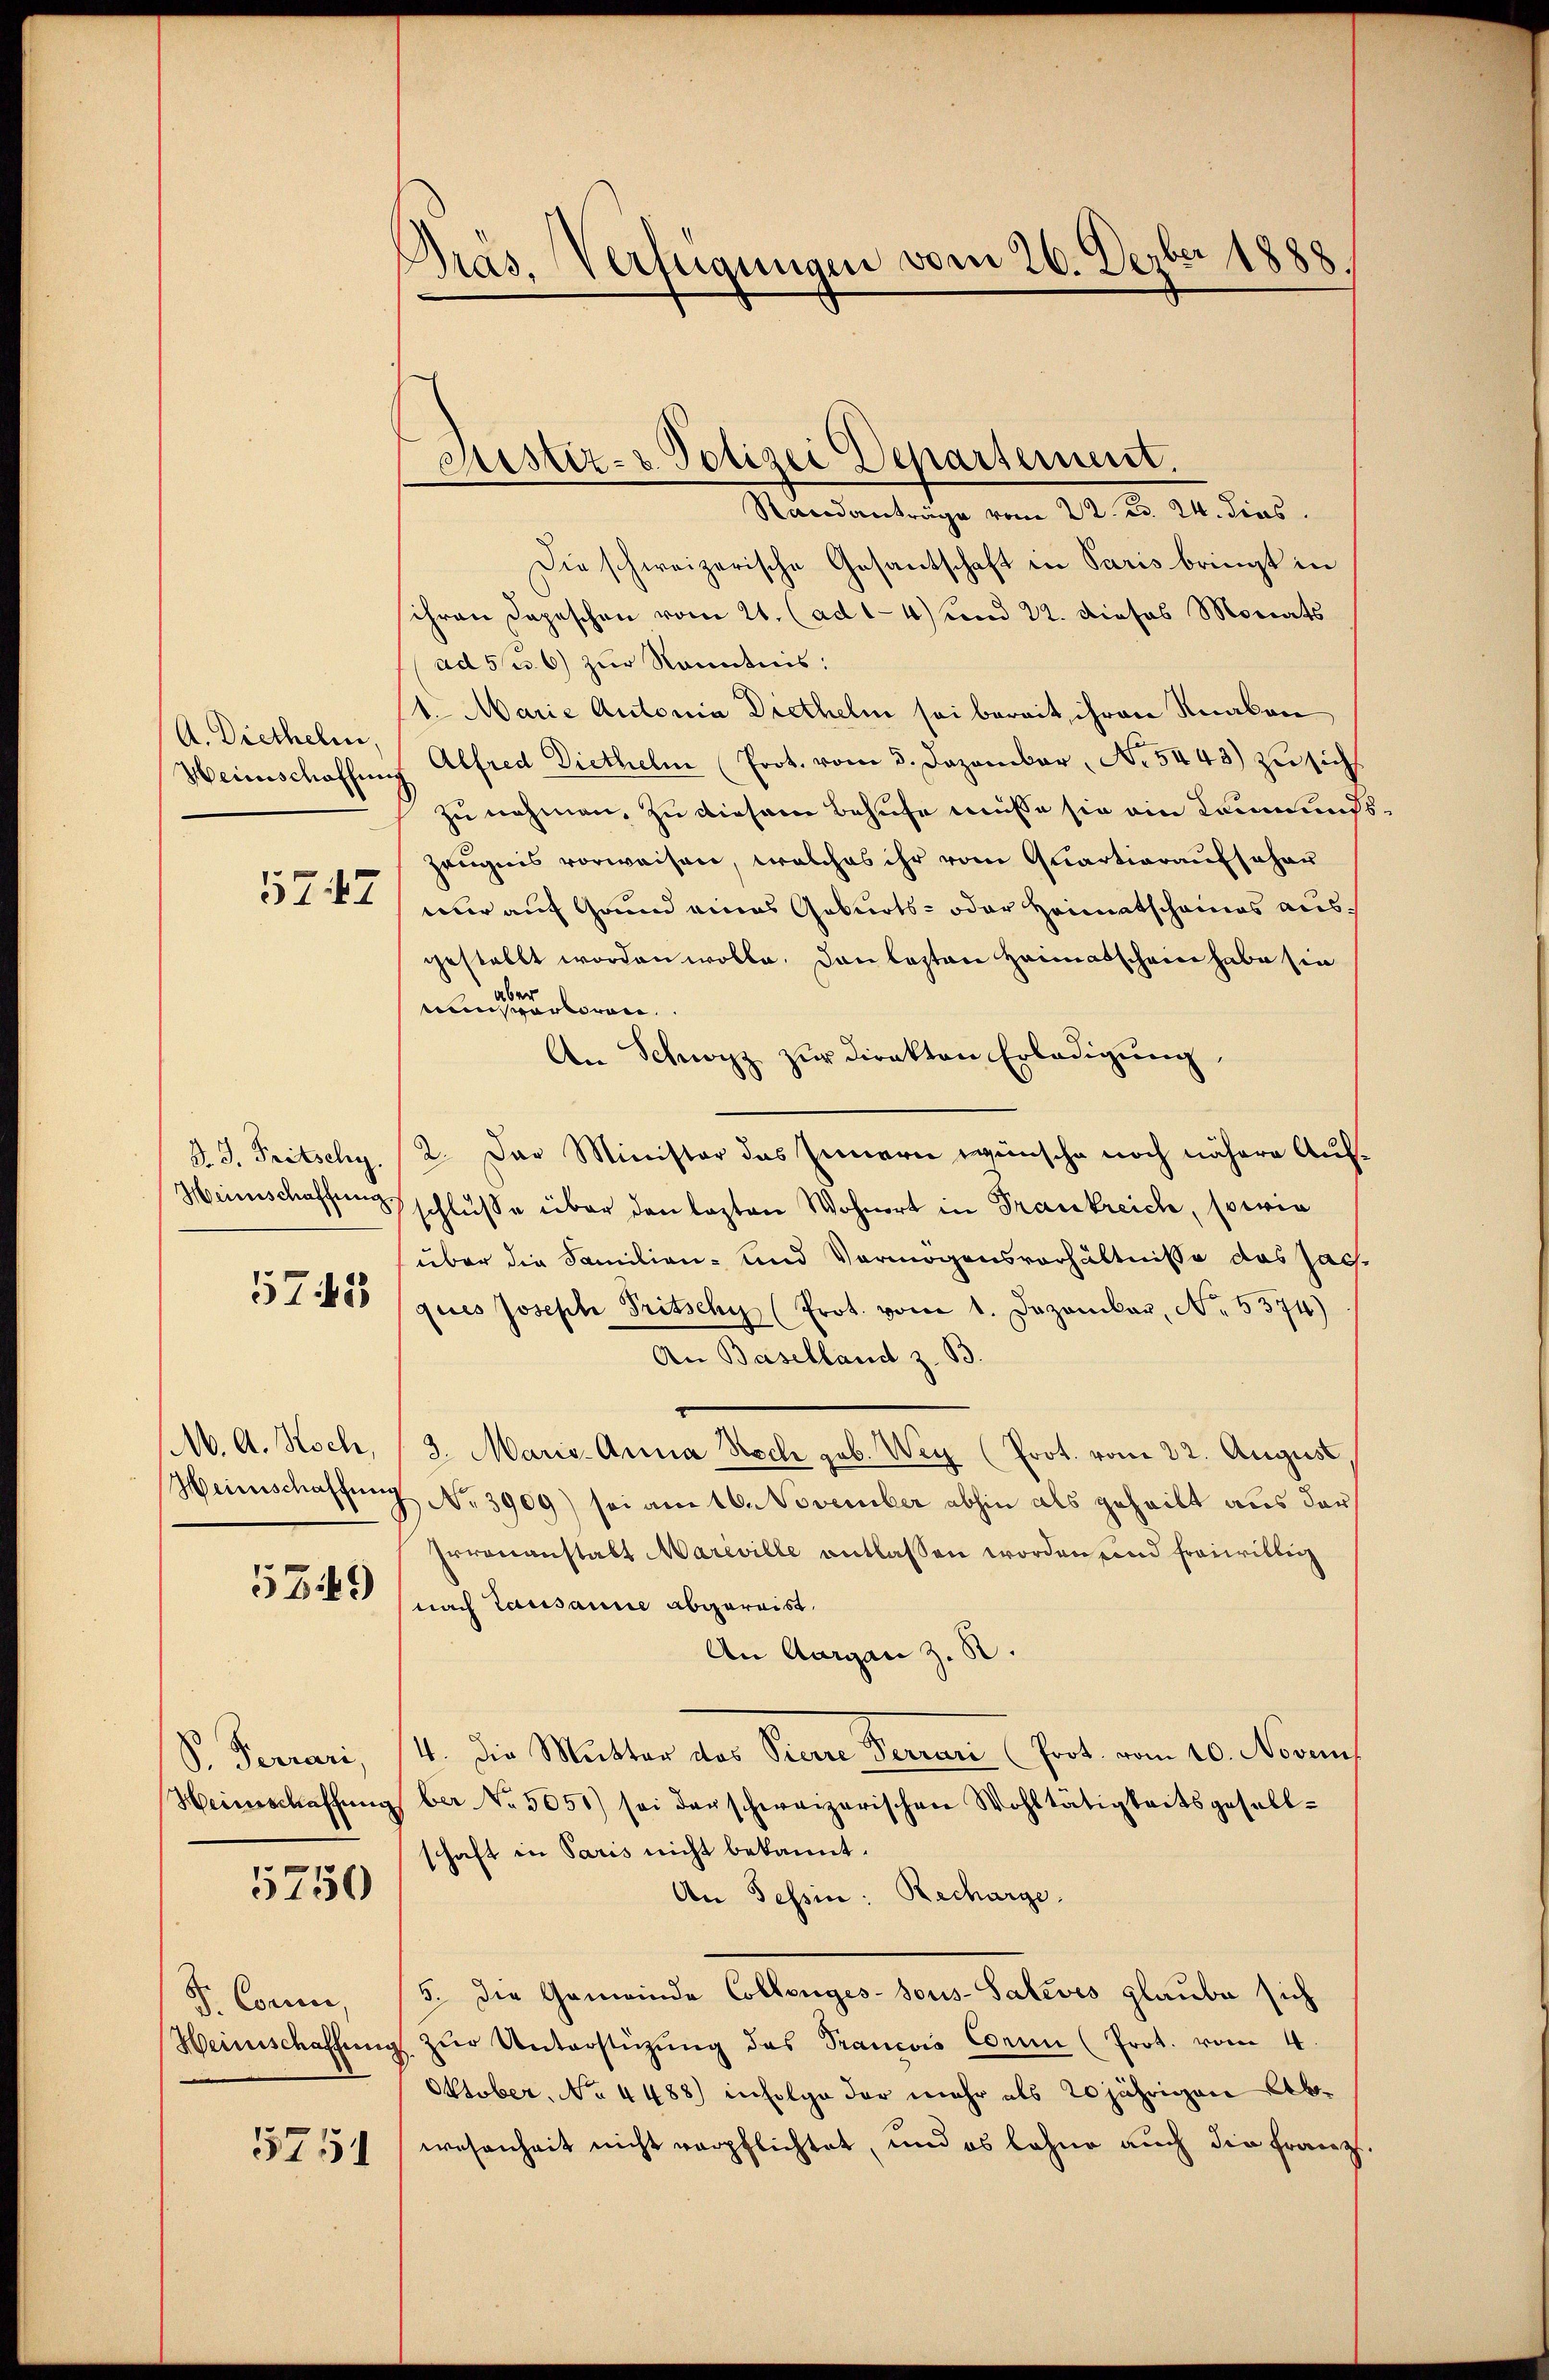
A. Diethelm,

5747

5750

5349

Randanträge vom 22. d. 24. dies
Die schweizerische Gesantschaft in Paris bringt in
ihren Depeschen vom 21. (ad 1-4) und 22. dieses Monats
ad 5 u. 6) zur Kenntnis:
1. Marie Autonia Diethelm sei bereit, ihren Knaben
Heimschaffŭng Alfred Diethelm (Prot. vom 3. Dezember, No. 5443) zu sicht
zu nehmen, zu diesem Behufe müsse sie ein Kommungs¬
Zeugnis vorweisen, welches ihr vom Quartieraufseher
nur auf Grund eines Geburts- oder Heimatscheines ausgestellt worden wolle. Dann lezten Heimatschein habe sie
mungen eine ren
An Schwyz zur Direkten Erledigung,
8 J. Fritschy.  2. Der Minister das Innern wünsche noch nähere Auf¬
Heinschaffens schluße über den lezten Wohnort in Frankreich, sowie
über die Familien- und Vermögensverhältnisse das Jach.
37455 (ques Joseph Tritschy (Prot. vom 1. Dezember, No. 5574)
An Baselland z. B.
M. A. Koch, 3. Marie-Anna Noch geb. Weg (Prot. vom 22. August,
Weinschaffung No. 3909) sei am 16. November abhin als geheilt aus der
Irrenanstalt Mariville entlassen worden und freiwillig
nach Lausanne abgereist.
An Aargau z. B.
S. Ferrari, 14. die Mutter das Pierre Ferrari (Prot. vom 10. Nove
Weinschaffŭngber No. 5051) sei darschweizerischen Wohltätigkeitsgesell-
schaft in Paris nicht bekannt.
An Tessin: Recharge.
T. Comm, 15. die Gemeinde Collenges- sous-Salevés glaube sich
Heimschaffŭng zŭr Unterstützŭng das Trancois Conin (Prot. vom 4.
Oktober, No 4488) infolge der mehr als 20 jährigen Abwesenheit nicht verpflichtet, und es lohne auch die Franz

5751

Präs. Verfügungen vom 26. Dezber 1888.

Mistiz- & Polizei Departement.